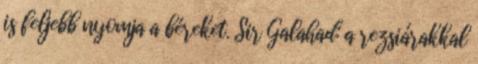
is feljebb nyomja a béreket. Sir Galahad: a rezsiárakkal